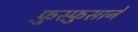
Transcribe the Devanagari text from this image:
फ़ुस्फ़ुसाने